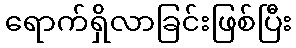
ရောက်ရှိလာခြင်းဖြစ်ပြီး